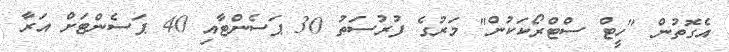
އެގޮތުން "ހީޓް ސްޓްރޯކަކުން" މަރުގެ ފުރުސަތު 30 ޕަސެންޓާއި 40 ޕަސެންޓަށް އަރާ